Lunatic asylums in Bengal annual reports 1888-1898 - 1888-1898
Year: 1888
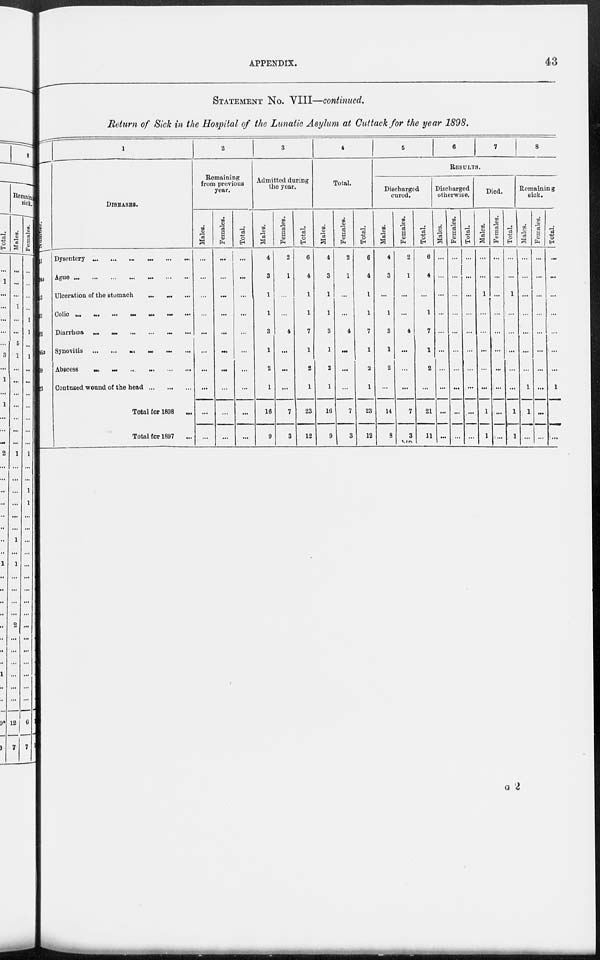
APPENDIX.
43
STATEMENT No. VIII—continued.
Return of Sick in the Hospital of the Lunatic Asylum at Cuttack for the year 1898.
Number.
21
24a
403
461
462
746a
799
923
1
DISEASES.
Dysentery ... ... ... ... ... ...
Ague
...
...
...
...
...
...
...
Ulceration of the stomach ... ... ...
Colic
...
...
...
...
...
...
...
Diarrhœa
...
...
...
...
...
...
Synovitis ... ... ... ... ... ...
Abscess
...
...
...
...
...
...
Contused wound of the head
...
...
...
Total for 1898 ...
Total for 1897 ...
2
Remaining
from previous
year.
Males.
...
...
...
...
...
...
...
...
...
...
Females.
...
...
...
...
...
...
...
...
...
...
Total.
...
...
...
...
...
...
...
...
...
...
3
Admitted during
the year.
Males.
4
3
1
1
3
1
2
1
16
9
Females.
2
1
...
...
4
...
...
...
7
3
Total.
6
4
1
1
7
1
2
1
23
12
4
Total.
Males.
4
3
1
1
3
1
2
1
16
9
Females.
2
1
...
...
4
...
...
...
7
3
Total.
6
4
1
1
7
1
2
1
23
12
5
6
7
8
RESULTS.
Discharged
cured.
Males.
4
3
...
1
3
1
2
...
14
8
Females.
2
1
...
...
4
...
...
...
7
3
Total.
6
4
...
1
7
1
2
...
21
11
Discharged
otherwise.
Males.
...
...
...
...
...
...
...
...
...
...
Females.
...
...
...
...
...
...
...
...
...
...
Total.
...
...
...
...
...
...
...
...
...
...
Died.
Males.
...
...
1
...
...
...
...
...
1
1
Females.
...
...
...
...
...
...
...
...
...
...
Total.
...
...
1
...
...
...
...
...
1
1
Remaining
sick.
Males.
...
...
...
...
...
...
...
1
1
...
Females.
...
...
...
...
...
...
...
...
...
...
Total.
...
...
...
...
...
...
...
1
1
...
G 2